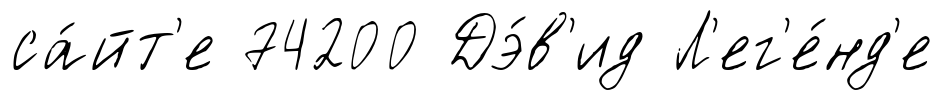
са́йт'е 74200 Дэ́в'ид Л'ег'е́нд'е